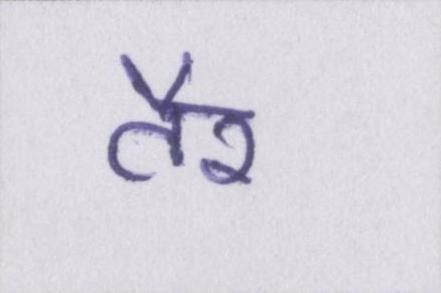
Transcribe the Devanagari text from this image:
तैर